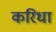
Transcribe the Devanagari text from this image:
करिधा